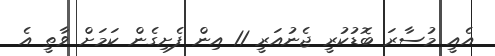
އެއީ މުސާރަ ބޮޑުކުރީ ޖެނުއަރީ 11 އިން ފެށިގެން ކަމަށް ވާތީ އެ